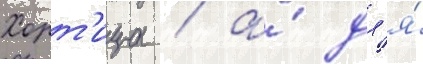
Хорт'ица / а́ дл'я́